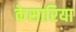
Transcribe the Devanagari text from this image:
केसारिया